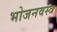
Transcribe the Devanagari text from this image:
भोजनवस्त्र